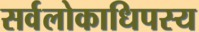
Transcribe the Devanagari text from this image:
सर्वलोकाधिपस्य